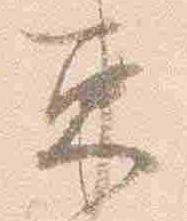
束